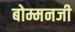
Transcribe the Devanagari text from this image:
बोम्मनजी